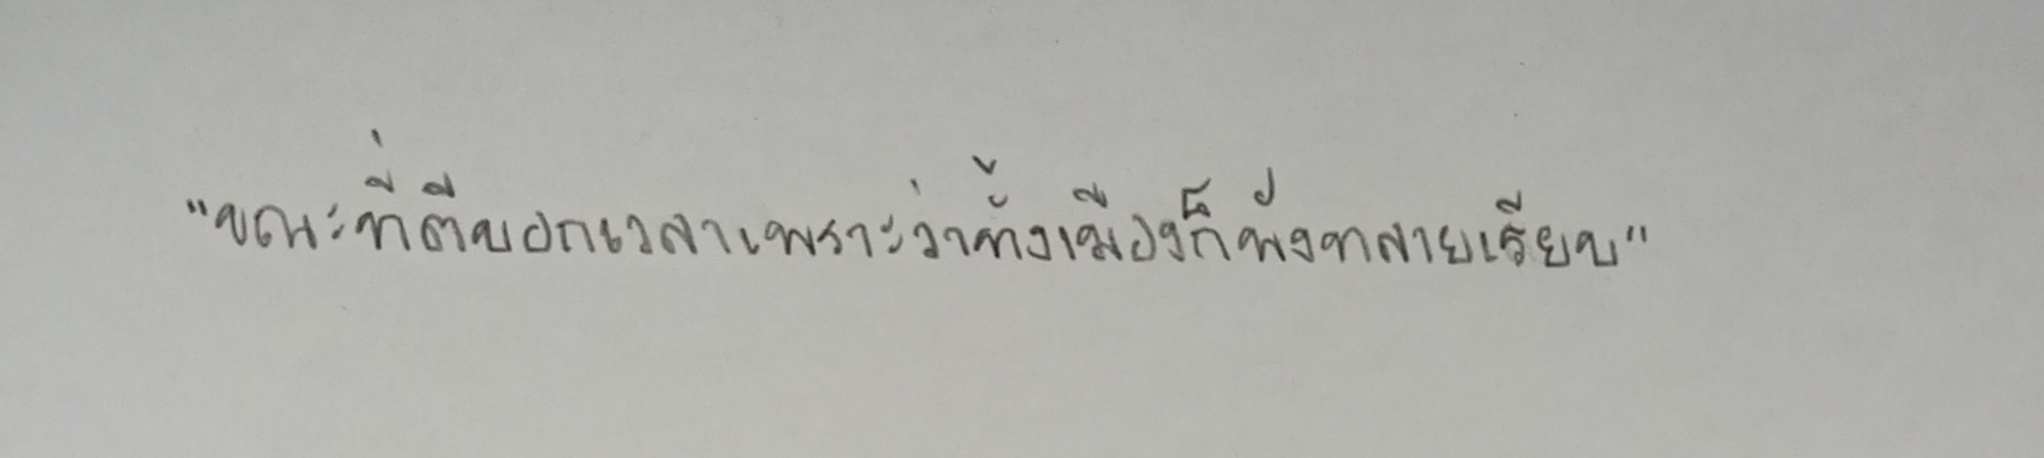
"ขณะที่ตีบอกเวลาเพราะว่าทั้งเมืองก็พังทลายเรียบ"